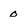
Character: 0